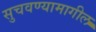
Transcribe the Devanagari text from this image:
सुचवण्यामागील